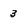
Character: 3